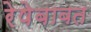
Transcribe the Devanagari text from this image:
रेषेबाबत